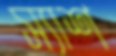
স্যাশ